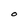
Character: O